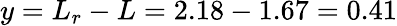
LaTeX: y=L_{r}-L=2.18-1.67=0.41